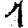
Digit: 1